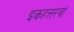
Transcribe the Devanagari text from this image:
इकहत्तरवां